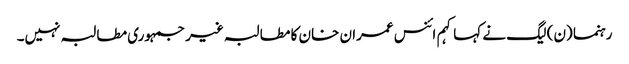
رہنما (ن) لیگ نے کہا کہم ائنس عمران خان کا مطالبہ غیر جمہوری مطالبہ نہیں۔